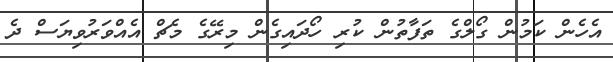
އެހެން ކަމުން ގޯލްގެ ތަފާތުން ކުރި ހޯދައިގެން މިރޭގެ މެޗް އެއްވަރުވިޔަސް ދެ